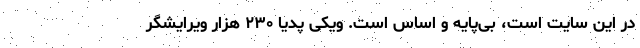
در این سایت است، بی‌پایه و اساس است. ویکی پدیا ۲۳۰ هزار ویرایشگر